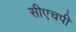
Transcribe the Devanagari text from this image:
सीएचपी